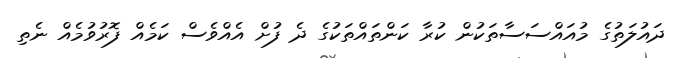
ދައުލަތުގެ މުއައްސަސާތަކުން ކުރާ ކަންތައްތަކުގެ ދެ ފުށް އެއްވެސް ކަމެއް ފޮރުވުމެއް ނެތި